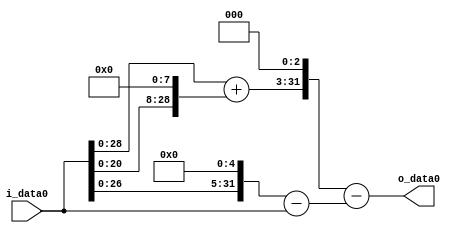
module multiplier_block (
    i_data0,
    o_data0
);

  // Port mode declarations:
  input   [31:0] i_data0;
  output  [31:0]
    o_data0;

  //Multipliers:

  wire [31:0]
    w1,
    w32,
    w31,
    w256,
    w257,
    w2056,
    w2025;

  assign w1 = i_data0;
  assign w2025 = w2056 - w31;
  assign w2056 = w257 << 3;
  assign w256 = w1 << 8;
  assign w257 = w1 + w256;
  assign w31 = w32 - w1;
  assign w32 = w1 << 5;

  assign o_data0 = w2025;

  //multiplier_block area estimate = 5631.59510674265;
endmodule